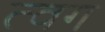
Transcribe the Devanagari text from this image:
त्वग